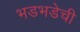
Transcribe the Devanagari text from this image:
भडभडेची